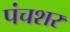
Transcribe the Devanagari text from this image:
पंचशर